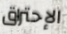
الإحتراق